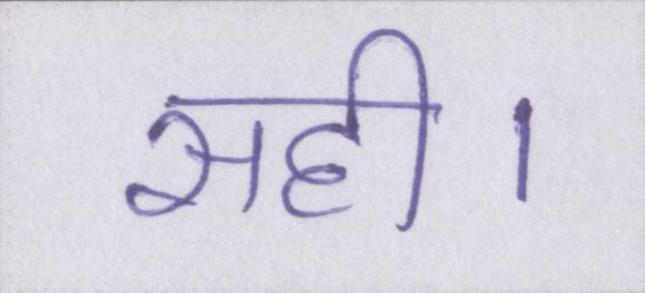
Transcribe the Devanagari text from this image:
सही।